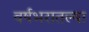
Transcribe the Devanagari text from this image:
वर्षभरातल्या